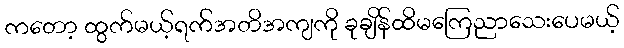
ကတော့ ထွက်မယ့်ရက်အတိအကျကို ခုချိန်ထိမကြေညာသေးပေမယ့်